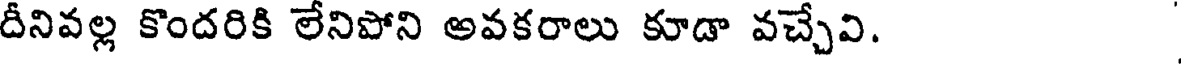
దీనివల్ల కొందరికి లేనిపోని అవకరాలు కూడా వచ్చేవి.